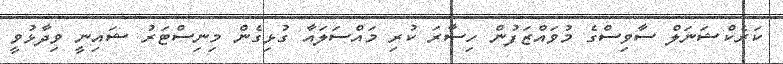
ކަރެކްޝަނަލް ސާވިސްގެ މުވައްޒަފުން ހިސާރަ ކުރި މައްސަލައާ ގުޅިގެން މިނިސްޓަރު ޝައިނީ ވިދާޅުވީ